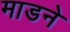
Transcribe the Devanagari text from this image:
माडने